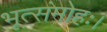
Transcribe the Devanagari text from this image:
भूत्संमोहः।